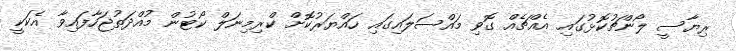
ރިޔާސީ ލޯންޗުކޮޅުގައި އެއްޗެއް ގޮވި މައްސަލައިގައި ހައްޔަރުކޮށް ކްރިމިނަލް ކޯޓުން މުއްދަތުޖަހާފައިވާ އެކަކީ